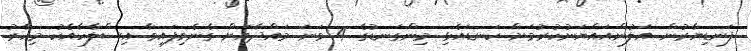
ފަނޑިޔާރުން އަލުންއައްޔަނުކުރުމަށް ކަނޑައެޅި މިންގަނޑުގެ 4 ވަނަ މައްދާއަށް ގެނެވިފައިވާ އިސްލާހާއެކު މިހާރު